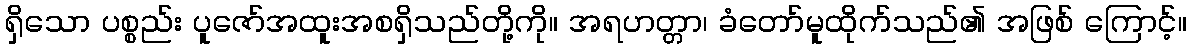
ရှိသော ပစ္စည်း ပူဇော်အထူးအစရှိသည်တို့ကို။ အရဟတ္တာ၊ ခံတော်မူထိုက်သည်၏ အဖြစ် ကြောင့်။